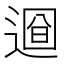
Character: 𨕚